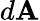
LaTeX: d\mathbf{A}